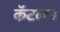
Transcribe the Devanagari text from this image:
कॅटलन